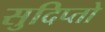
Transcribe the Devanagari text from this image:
सुदिप्तो